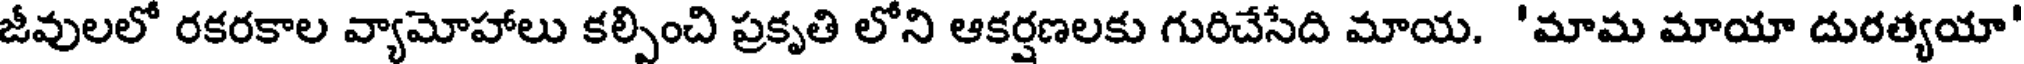
జీవులలో రకరకాల వ్యామోహాలు కల్పించి ప్రకృతి లోని ఆకర్షణలకు గురిచేసేది మాయ. 'మామ మాయా దురత్యయా